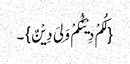
{لَکُمْ دِیْنُکُمْ وَلِیَ دِیْنٌ}۔